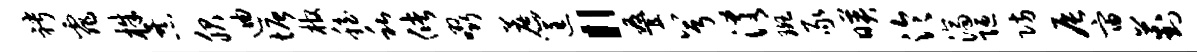
聘霏株暴服迪塘棺稳私储啜蔗筐“叠兮淆斑豕映泠济陋防辰宙葑